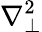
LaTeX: \nabla_{\perp}^{2}